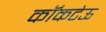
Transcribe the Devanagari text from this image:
कॉकटेऊ